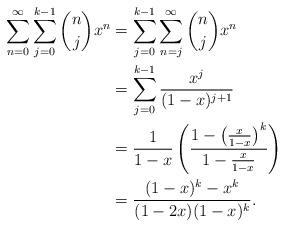
LaTeX: \begin{align*}\sum_{n=0}^\infty \sum_{j=0}^{k-1} \binom{n}{j} x^n &= \sum_{j=0}^{k-1} \sum_{n=j}^\infty \binom{n}{j} x^n \\&= \sum_{j=0}^{k-1} \frac{x^j}{(1-x)^{j+1}} \\&= \frac{1}{1-x} \left( \frac{1-\left(\frac{x}{1-x}\right)^k}{1-\frac{x}{1-x}}\right) \\&= \frac{(1-x)^k-x^k}{(1-2x)(1-x)^k}.\end{align*}